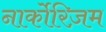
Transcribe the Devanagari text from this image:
नार्कोरिज़म